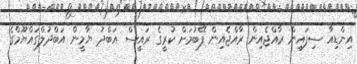
އިންޑިއާ ސިފައިން ރާއްޖެއިން ރާއްޖެއިން ފޭބުމަށް ކުރީގެ ރައީސް އަބްދު ޔާމީން އަބްދުލްގައްޔޫމްގެ